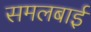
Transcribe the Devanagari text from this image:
समलबाई